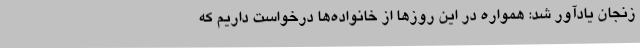
زنجان یادآور شد: همواره در این روزها از خانواده‌ها درخواست داریم که